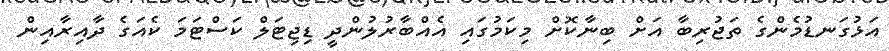
އަޅުގަނޑުމެންގެ ތަޖުރިބާ އަށް ބިނާކޮށް މިކަމުގައި އެއްބާރުލުންދީ ޑިޖިޓަލް ކަސްޓަމަ ކެއަގެ ދާއިރާއިން